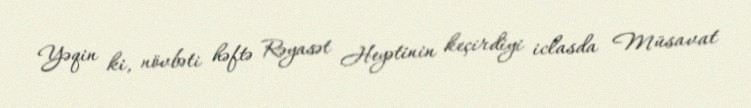
Yəqin ki, növbəti həftə Rəyasət Heyətinin keçirdiyi iclasda Müsavat